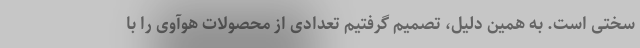
سختی است. به همین دلیل، تصمیم گرفتیم تعدادی از محصولات هوآوی را با